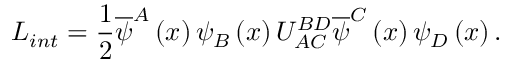
L _ { i n t } = \frac { 1 } { 2 } \overline { { { \psi } } } ^ { A } \left( x \right) \psi _ { B } \left( x \right) U _ { A C \, } ^ { B D } \overline { { { \psi } } } ^ { C } \left( x \right) \psi _ { D } \left( x \right) .